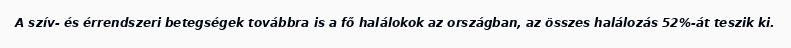
A szív- és érrendszeri betegségek továbbra is a fő halálokok az országban, az összes halálozás 52%-át teszik ki.